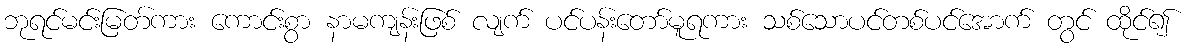
ဘုရင်မင်းမြတ်ကား ကောင်းစွာ နာမကျန်းဖြစ် လျက် ပင်ပန်းတော်မူရကား သစ်သောပင်တစ်ပင်အောက် တွင် ထိုင်၍